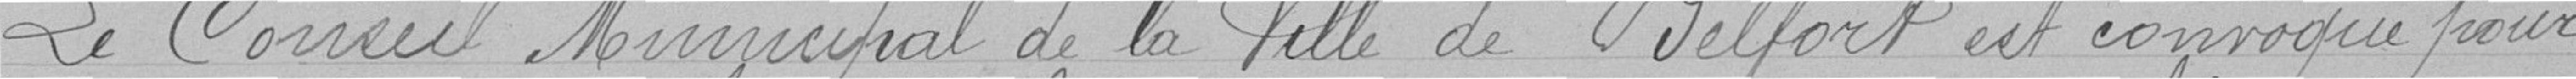
Le Conseil Municipal de Ville de Belfort est convoqué pour